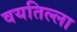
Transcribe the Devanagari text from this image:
वयतिल्ला